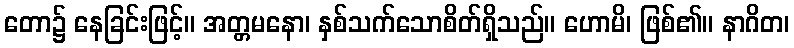
တော၌ နေခြင်းဖြင့်။ အတ္တမနော၊ နှစ်သက်သောစိတ်ရှိသည်။ ဟောမိ၊ ဖြစ်၏။ နာဂိတ၊